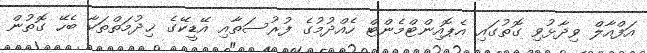
އަފްއާލް ވިދާޅުވި ގޮތުގައި އެޕޮއިންޓްމެންޓް ހެއްދުމުގެ ފުރުސަތާއި އޭޑީކޭގެ ޚިދުމަތްތަކާ ބެހޭ ގޮތުން